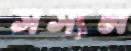
সস্যল